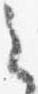
之